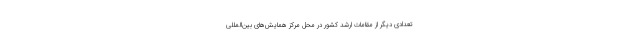
تعدادی دیگر از مقامات ارشد کشور در محل مرکز همایش‌های بین‌المللی